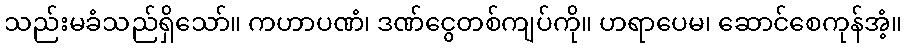
သည်းမခံသည်ရှိသော်။ ကဟာပဏံ၊ ဒဏ်ငွေတစ်ကျပ်ကို။ ဟရာပေမ၊ ဆောင်စေကုန်အံ့။